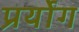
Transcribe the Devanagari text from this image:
प्रर्योग